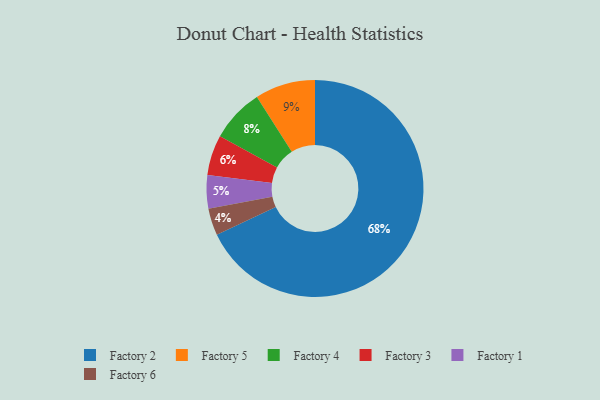
{"axis": {"x": "Category", "y": "Percentage"}, "legend": ["Factory 1", "Factory 2", "Factory 3", "Factory 4", "Factory 5", "Factory 6"], "data": [{"x": "Factory 3", "y": 6, "type": "Factory 3"}, {"x": "Factory 5", "y": 9, "type": "Factory 5"}, {"x": "Factory 2", "y": 68, "type": "Factory 2"}, {"x": "Factory 1", "y": 5, "type": "Factory 1"}, {"x": "Factory 6", "y": 4, "type": "Factory 6"}, {"x": "Factory 4", "y": 8, "type": "Factory 4"}]}